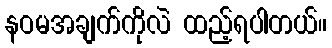
နဝမအချက်ကိုလဲ ထည့်ရပါတယ်။